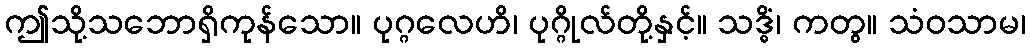
ဤသို့သဘောရှိကုန်သော။ ပုဂ္ဂလေဟိ၊ ပုဂ္ဂိုလ်တို့နှင့်။ သဒ္ဓိံ၊ ကတွ။ သံဝသာမ၊